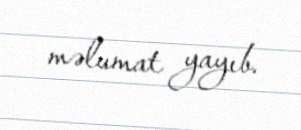
məlumat yayıb.